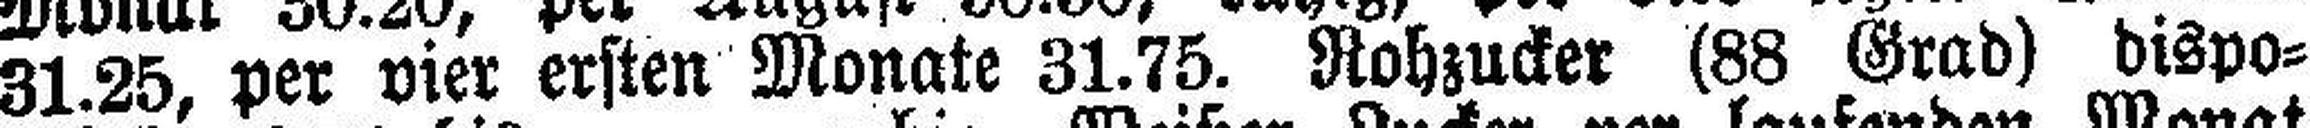
31.25, per vier ersten Monate 31.75. Rohzucker (88 Grad) dispo¬